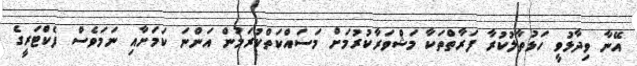
އޭނާ ވިދާޅުވީ ހަޅުތާލުކުރާ ފަރާތްތަކާ މަޝްވަރާކުރުމަށް މަސައްކަތްކުރަމުން އަންނަ ކަމަށާއި ނަމަވެސް ފެކްޓަރީގެ